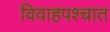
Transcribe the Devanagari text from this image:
विवाहपश्चात